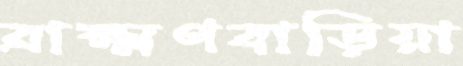
ব্রাক্ষ্মণবাড়িয়া